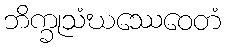
ဘိက္ခုသံဃဿေဝေတံ